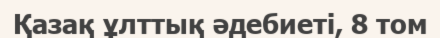
Қазақ ұлттық әдебиеті, 8 том